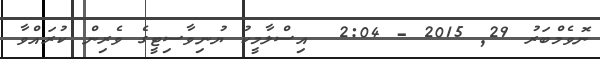
ނޮވެމްބަރު 29